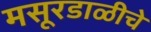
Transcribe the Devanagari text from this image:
मसूरडाळीचे